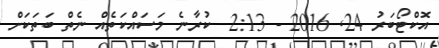
އޮކްޓޯބަރު 24